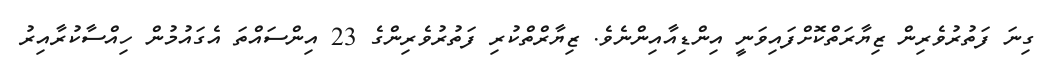
ގިނަ ފަތުރުވެރިން ޒިޔާރަތްކޮށްފައިވަނީ އިންޑިއާއިންނެވެ. ޒިޔާރްތްކުރި ފަތުރުވެރިންގެ 23 އިންސައްތަ އެގައުމުން ހިއްސާކުރާއިރު